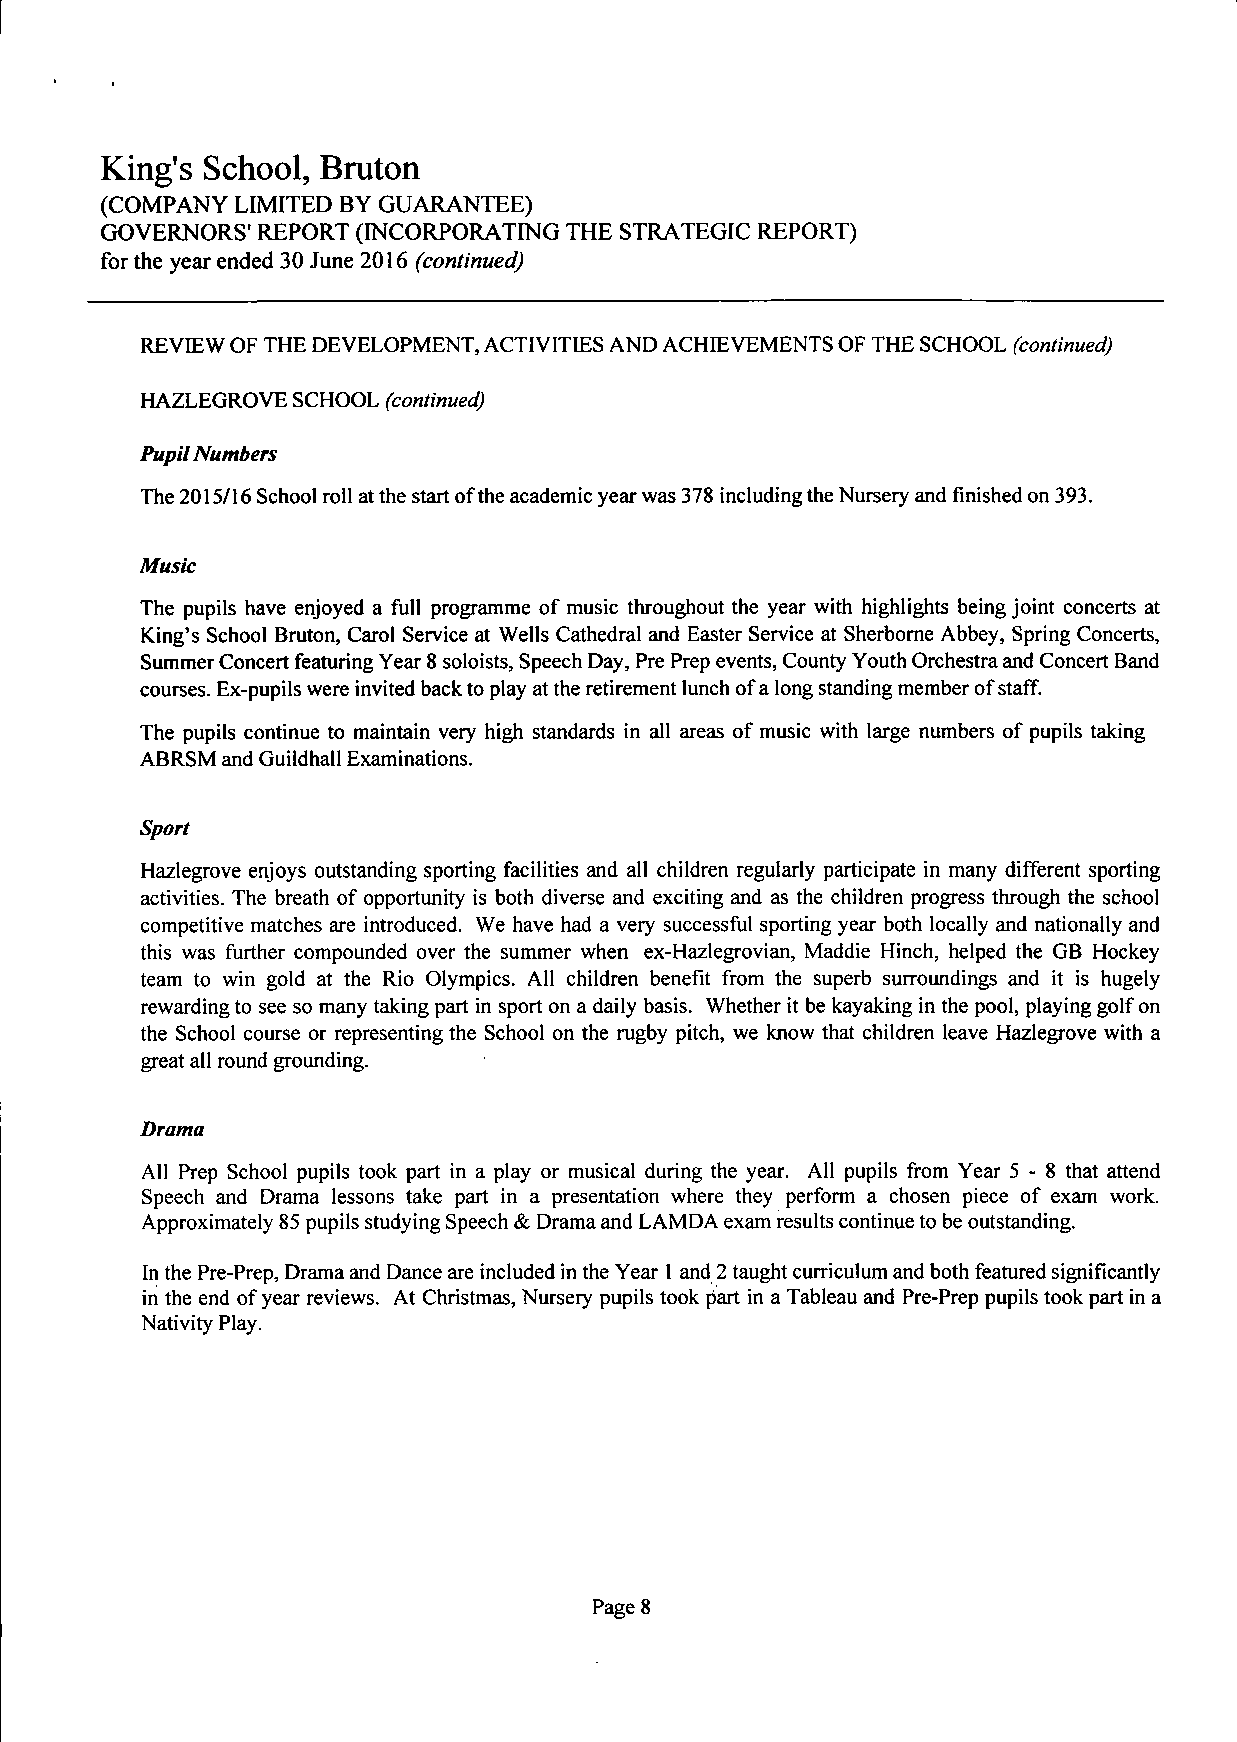
King's School, Bruton
 (COMPANY LIMITED BY GUARANTEE)
 GOVERNORS' REPORT (INCORPORATING THE STRATEGIC REPORT)
 for the year ended 30 June 2016 (continued)
 REVIEW OF THE DEVELOPMENT, ACTIVITIES AND ACHIEVEMENTS OF THE SCHOOL (continued)
 HAZLEGROVE SCHOOL (continued)
 Pupil Numbers
 The 2015/16 School roll at the start of the academic year was 378 including the Nursery and finished on 393.
 Music
 The pupils have enjoyed a full programme of music throughout the year with highlights being joint concerts at
 King's School Bruton, Carol Service at Wells Cathedral and Easter Service at Sherborne Abbey, Spring Concerts,
 Summer Concert featuring Year 8 soloists, Speech Day, Pre Prep events, County Youth Orchestra and Concert Band
 courses. Ex-pupils were invited back to play at the retirement lunch of a long standing member of staff.
 The pupils continue to maintain very high standards in all areas of music with large numbers of pupils taking
 ABRSM and Guildhall Examinations.
 Sport
 Hazlegrove enjoys outstanding sporting facilities and all children regularly participate in many different sporting
 activities. The breath of opportunity is both diverse and exciting and as the children progress through the school
 competitive matches are introduced. We have had a very successful sporting year both locally and nationally and
 this was further compounded over the summer when ex-Hazlegrovian, Maddie Hinch, helped the GB Hockey
 team to win gold at the Rio Olympics. All children benefit from the superb surroundings and it is hugely
 rewarding to see so many taking part in sport on a daily basis. Whether it be kayaking in the pool, playing golf on
 the School course or representing the School on the rugby pitch, we know that children leave Hazlegrove with a
 great all round grounding.
 Drama
 All Prep School pupils took part in a play or musical during the year. All pupils from Year 5-8 that attend
 Speech and Drama lessons take part in a presentation where they perform a chosen piece of exam work.
 Approximately 85 pupils studying Speech & Drama and LAMDA exam results continue to be outstanding.
 In the Pre-Prep, Drama and Dance are included in the Year 1 and 2 taught curriculum and both featured significantly
 in the end of year reviews. At Christmas, Nursery pupils took part in a Tableau and Pre-Prep pupils took part in a
 Nativity Play.
 Page 8